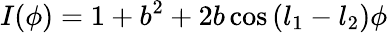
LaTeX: I(\phi)=1+b^{2}+2b\cos{(l_{1}-l_{2})\phi}